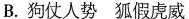
B.狗仗人势狐假虎威